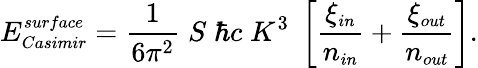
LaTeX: E_{\small Casimir}^{\small surface}={\frac{1}{6\pi^{2}}}\; S\; \hbar c\; K^{3}\; \left[{\frac{\xi_{\small in}}{n_{\small in}}}+{\frac{\xi_{\small out}}{n_{\small out}}}\right].